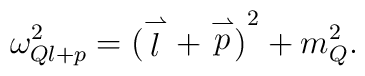
\omega^2_{Ql+p}={(\stackrel{\rightharpoonup}{l}+\stackrel{\rightharpoonup}{p})}^2+m_Q^2.